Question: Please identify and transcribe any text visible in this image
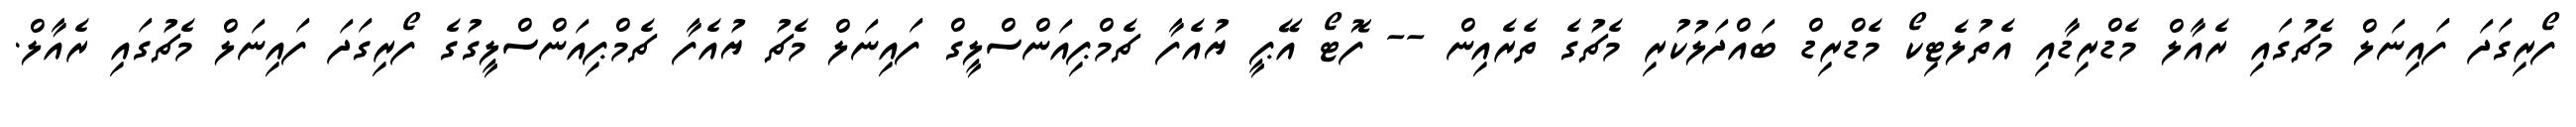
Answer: ފޯރިގަދަ ފައިނަލް މެޗުގައި ރެއާލް މެޑްރިޑާއި އެތުލެޓިކޯ މެޑްރިޑް ބައްދަލުކުރި މެޗުގެ ތެރެއިން -- ފޮޓޯ އޭޕީ ޔުއެފާ ޗެމްޕިއަންސްލީގް ފައިނަލް މެޗު ޔުއެފާ ޗެމްޕިއަންސްލީގުގެ ފޯރިގަދަ ފައިނަލް މެޗުގައި ރެއާލް.